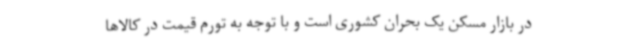
در بازار مسکن یک بحران کشوری است و با توجه به تورم قیمت در کالاها